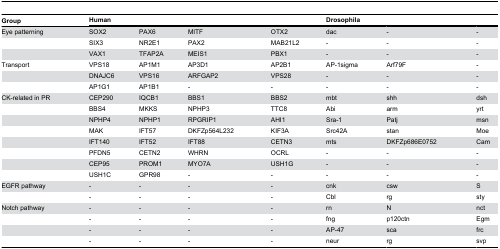
<table><thead><tr><td><b>Group</b></td><td colspan="4"><b>Human</b></td><td colspan="3"><b>Drosophila</b></td></tr></thead><tbody><tr><td>Eye patterning</td><td>SOX2</td><td>PAX6</td><td>MITF</td><td>OTX2</td><td>dac</td><td>-</td><td>-</td></tr><tr><td></td><td>SIX3</td><td>NR2E1</td><td>PAX2</td><td>MAB21L2</td><td>-</td><td>-</td><td>-</td></tr><tr><td></td><td>VAX1</td><td>TFAP2A</td><td>MEIS1</td><td>PBX1</td><td>-</td><td>-</td><td>-</td></tr><tr><td>Transport</td><td>VPS18</td><td>AP1M1</td><td>AP3D1</td><td>AP2B1</td><td>AP-1sigma</td><td>Arf79F</td><td>-</td></tr><tr><td></td><td>DNAJC6</td><td>VPS16</td><td>ARFGAP2</td><td>VPS28</td><td>-</td><td>-</td><td>-</td></tr><tr><td></td><td>AP1G1</td><td>AP1B1</td><td>-</td><td>-</td><td>-</td><td>-</td><td>-</td></tr><tr><td>CK-related in PR</td><td>CEP290</td><td>IQCB1</td><td>BBS1</td><td>BBS2</td><td>mbt</td><td>shh</td><td>dsh</td></tr><tr><td></td><td>BBS4</td><td>MKKS</td><td>NPHP3</td><td>TTC8</td><td>Abi</td><td>arm</td><td>yrt</td></tr><tr><td></td><td>NPHP4</td><td>NPHP1</td><td>RPGRIP1</td><td>AHI1</td><td>Sra-1</td><td>Patj</td><td>msn</td></tr><tr><td></td><td>MAK</td><td>IFT57</td><td>DKFZp564L232</td><td>KIF3A</td><td>Src42A</td><td>stan</td><td>Moe</td></tr><tr><td></td><td>IFT140</td><td>IFT52</td><td>IFT88</td><td>CETN3</td><td>mts</td><td>DKFZp686E0752</td><td>Cam</td></tr><tr><td></td><td>PFDN5</td><td>CETN2</td><td>WHRN</td><td>OCRL</td><td>-</td><td>-</td><td>-</td></tr><tr><td></td><td>CEP95</td><td>PROM1</td><td>MYO7A</td><td>USH1G</td><td>-</td><td>-</td><td>-</td></tr><tr><td></td><td>USH1C</td><td>GPR98</td><td>-</td><td>-</td><td>-</td><td>-</td><td>-</td></tr><tr><td>EGFR pathway</td><td>-</td><td>-</td><td>-</td><td>-</td><td>cnk</td><td>csw</td><td>S</td></tr><tr><td></td><td>-</td><td>-</td><td>-</td><td>-</td><td>Cbl</td><td>rg</td><td>sty</td></tr><tr><td>Notch pathway</td><td>-</td><td>-</td><td>-</td><td>-</td><td>rn </td><td>N </td><td>nct</td></tr><tr><td></td><td>-</td><td>-</td><td>-</td><td>-</td><td>fng</td><td>p120ctn</td><td>Egm</td></tr><tr><td></td><td>-</td><td>-</td><td>-</td><td>-</td><td>AP-47</td><td>sca</td><td>frc</td></tr><tr><td></td><td>-</td><td>-</td><td>-</td><td>-</td><td>neur</td><td>rg</td><td>svp</td></tr></tbody></table>